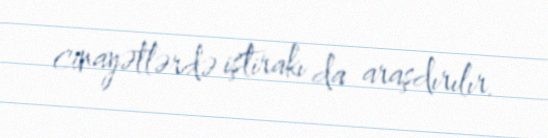
cinayətlərdə iştirakı da araşdırılır.